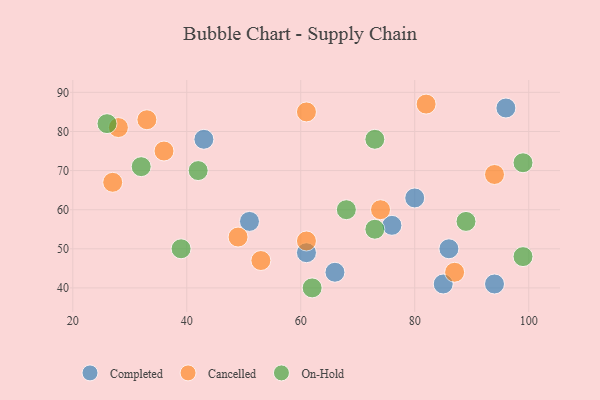
{"axis": {"x": "GDP", "y": "Life Expectancy"}, "legend": ["Cancelled", "Completed", "On-Hold"], "data": [{"x": "96", "y": 86, "type": "Completed"}, {"x": "80", "y": 63, "type": "Completed"}, {"x": "76", "y": 56, "type": "Completed"}, {"x": "51", "y": 57, "type": "Completed"}, {"x": "94", "y": 41, "type": "Completed"}, {"x": "43", "y": 78, "type": "Completed"}, {"x": "61", "y": 49, "type": "Completed"}, {"x": "66", "y": 44, "type": "Completed"}, {"x": "86", "y": 50, "type": "Completed"}, {"x": "85", "y": 41, "type": "Completed"}, {"x": "53", "y": 47, "type": "Cancelled"}, {"x": "33", "y": 83, "type": "Cancelled"}, {"x": "87", "y": 44, "type": "Cancelled"}, {"x": "82", "y": 87, "type": "Cancelled"}, {"x": "61", "y": 52, "type": "Cancelled"}, {"x": "27", "y": 67, "type": "Cancelled"}, {"x": "74", "y": 60, "type": "Cancelled"}, {"x": "28", "y": 81, "type": "Cancelled"}, {"x": "61", "y": 85, "type": "Cancelled"}, {"x": "49", "y": 53, "type": "Cancelled"}, {"x": "94", "y": 69, "type": "Cancelled"}, {"x": "36", "y": 75, "type": "Cancelled"}, {"x": "73", "y": 55, "type": "On-Hold"}, {"x": "39", "y": 50, "type": "On-Hold"}, {"x": "32", "y": 71, "type": "On-Hold"}, {"x": "68", "y": 60, "type": "On-Hold"}, {"x": "73", "y": 78, "type": "On-Hold"}, {"x": "99", "y": 48, "type": "On-Hold"}, {"x": "62", "y": 40, "type": "On-Hold"}, {"x": "26", "y": 82, "type": "On-Hold"}, {"x": "89", "y": 57, "type": "On-Hold"}, {"x": "42", "y": 70, "type": "On-Hold"}, {"x": "99", "y": 72, "type": "On-Hold"}]}